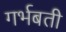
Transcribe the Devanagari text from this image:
गर्भबती